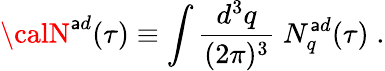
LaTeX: {\calN}^{\mathsf{a}d}(\tau)\equiv\int{\frac{{d^{3}q}}{{(2\pi)^{3}}}}\; N_{q}^{\mathsf{a}d}(\tau)\; .